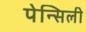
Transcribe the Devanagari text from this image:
पेन्सिली